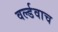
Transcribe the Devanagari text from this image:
वर्ल्डवाच